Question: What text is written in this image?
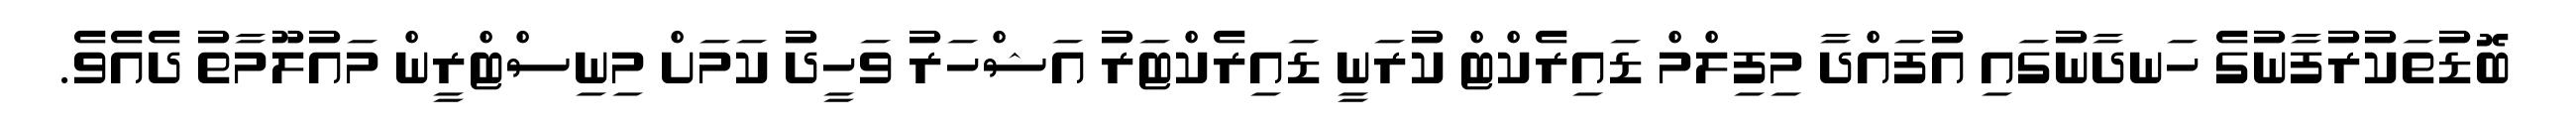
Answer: ބޮޑުތަކުރުފާނުގެ ހަނދާނުގައި އުފައްދާ މިފިލްމް ޑައިރެކްޓް ކުރަނީ ޑައިރެކްޓަރު އަޝްހަރު ވަހީދު ކަމަށް މިނިސްޓްރީން މައުލޫމާތު ދެއެވެ.